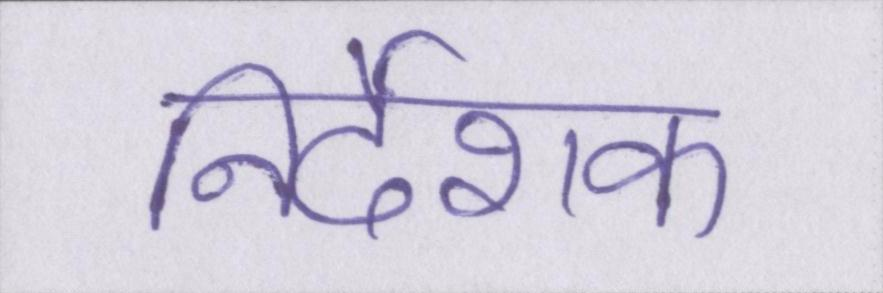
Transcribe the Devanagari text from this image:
निर्देशक